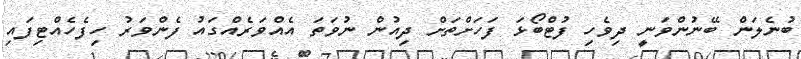
ބުނެލަން ބޭނުންވަނީ ދިވެހި ފުޓްބޯޅަ ފަހަށްތަށް ދިއުން ނުވަތަ އެއްވަރެއްގައު ފެންވަރު ހިފެހެއްޓިފައި